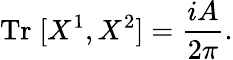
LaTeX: \mathrm{Tr}\; [X^{1},X^{2}]=\frac{iA}{2\pi}.